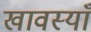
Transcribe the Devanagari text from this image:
खावस्याँ